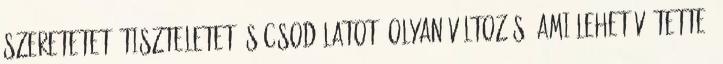
szeretetet, tiszteletet és csodálatot. Olyan változás, ami lehetővé tette,